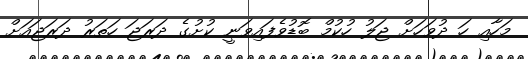
މަހާއި ހަ ދުވަހަށް ޖަލު ހުކުމް ބޮޑުވެފައިވަނީ ކުށުގެ ދަރަޖަ ހަތަރު ދަރަޖައަށް